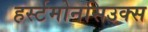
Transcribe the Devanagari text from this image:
हर्स्टमोनसिउक्स